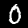
Label: 0